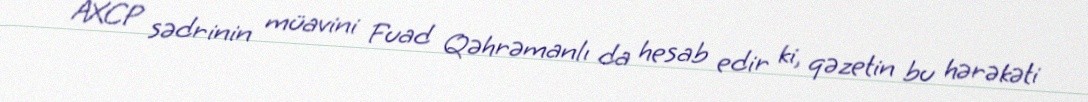
AXCP sədrinin müavini Fuad Qəhrəmanlı da hesab edir ki, qəzetin bu hərəkəti